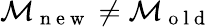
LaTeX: \mathcal{M}_{\mathrm{~n~e~w~}}\neq\mathcal{M}_{\mathrm{~o~l~d~}}